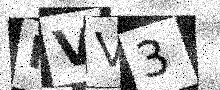
Text: IVV3